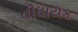
વીધાયક